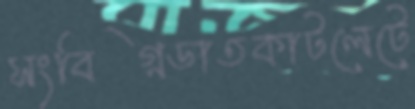
সংবিগ্নডাতকাটলেটে